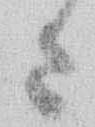
さ